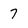
Character: 7